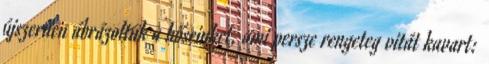
újszerűen ábrázoltuk a hőseinket, ami persze rengeteg vitát kavart: